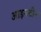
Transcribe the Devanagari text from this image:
आइन्‍स्‍टीन